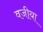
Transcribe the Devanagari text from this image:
वजीया